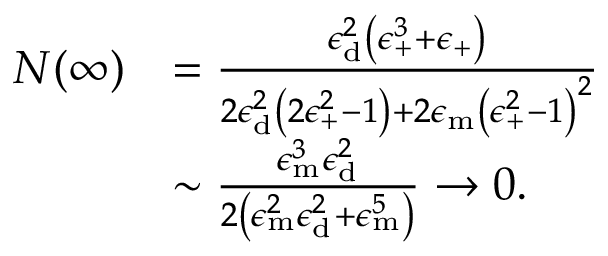
\begin{array} { r l } { N ( \infty ) } & { = \frac { \epsilon _ { \mathrm { { d } } } ^ { 2 } \left( \epsilon _ { \mathrm { + } } ^ { 3 } + \epsilon _ { \mathrm { + } } \right) } { 2 \epsilon _ { \mathrm { { d } } } ^ { 2 } \left( 2 \epsilon _ { \mathrm { + } } ^ { 2 } - 1 \right) + 2 \epsilon _ { \mathrm { { m } } } \left( \epsilon _ { \mathrm { + } } ^ { 2 } - 1 \right) ^ { 2 } } } \\ & { \sim \frac { \epsilon _ { \mathrm { { m } } } ^ { 3 } \epsilon _ { \mathrm { { d } } } ^ { 2 } } { 2 \left( \epsilon _ { \mathrm { { m } } } ^ { 2 } \epsilon _ { \mathrm { { d } } } ^ { 2 } + \epsilon _ { \mathrm { { m } } } ^ { 5 } \right) } \rightarrow 0 . } \end{array}